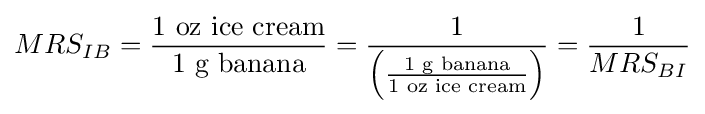
MRS_{IB}={\frac {1{\text{ oz ice cream}}}{1{\text{ g banana}}}}={\frac {1}{\left({\frac {1{\text{ g banana}}}{1{\text{ oz ice cream}}}}\right)}}={\frac {1}{MRS_{BI}}}